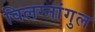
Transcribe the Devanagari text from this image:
विलग्नांगुल